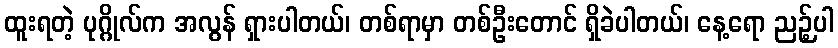
ထူးရတဲ့ ပုဂ္ဂိုလ်က အလွန် ရှားပါတယ်၊ တစ်ရာမှာ တစ်ဦးတောင် ရှိခဲပါတယ်၊ နေ့ရော ညဉ့်ပါ